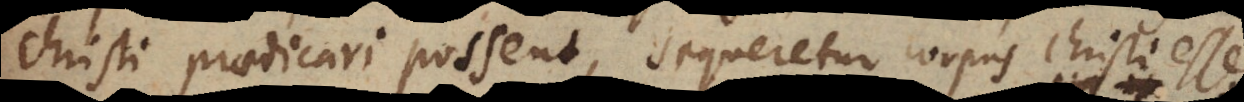
Christi praedicari possent, sequeretur corpus Christi esse